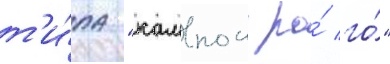
т'и́па "кампон ро́ го́"